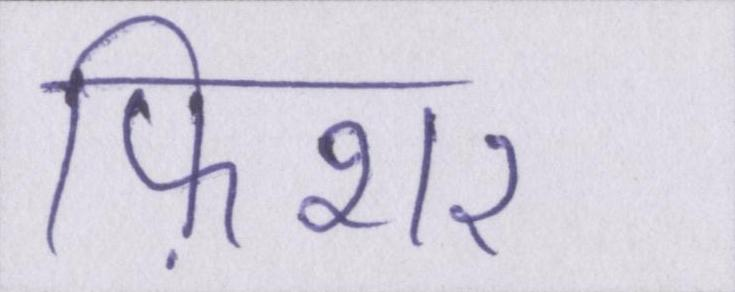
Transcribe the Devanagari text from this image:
फ़िशर